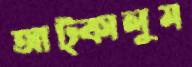
আট্‌কালুম